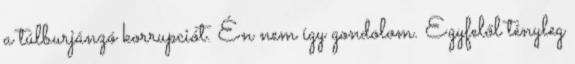
a túlburjánzó korrupciót. Én nem így gondolom. Egyfelől tényleg